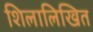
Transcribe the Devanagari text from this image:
शिलालिखित